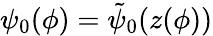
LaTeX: \psi_{0}(\phi)=\tilde{\psi}_{0}(z(\phi))